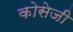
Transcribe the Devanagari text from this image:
कोसेजी